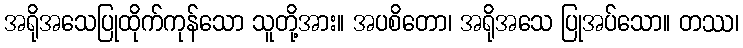
အရိုအသေပြုထိုက်ကုန်သော သူတို့အား။ အပစိတော၊ အရိုအသေ ပြုအပ်သော။ တဿ၊